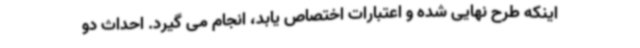
اینکه طرح نهایی شده و اعتبارات اختصاص یابد، انجام می گیرد. احداث دو